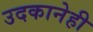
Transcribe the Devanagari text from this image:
उदकानेही